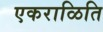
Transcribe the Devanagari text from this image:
एकराळिति